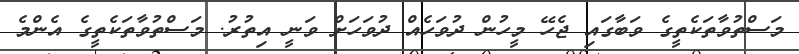
މަސްތުވާތަކެތީގެ ވަބާގައި ޖެހޭ މީހުން ދުވަހެއް ދުވަހަށް ވަނީ އިތުރު. މަސްތުވާތަކެތީގެ އެންމެ